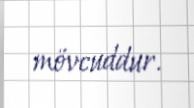
mövcuddur.